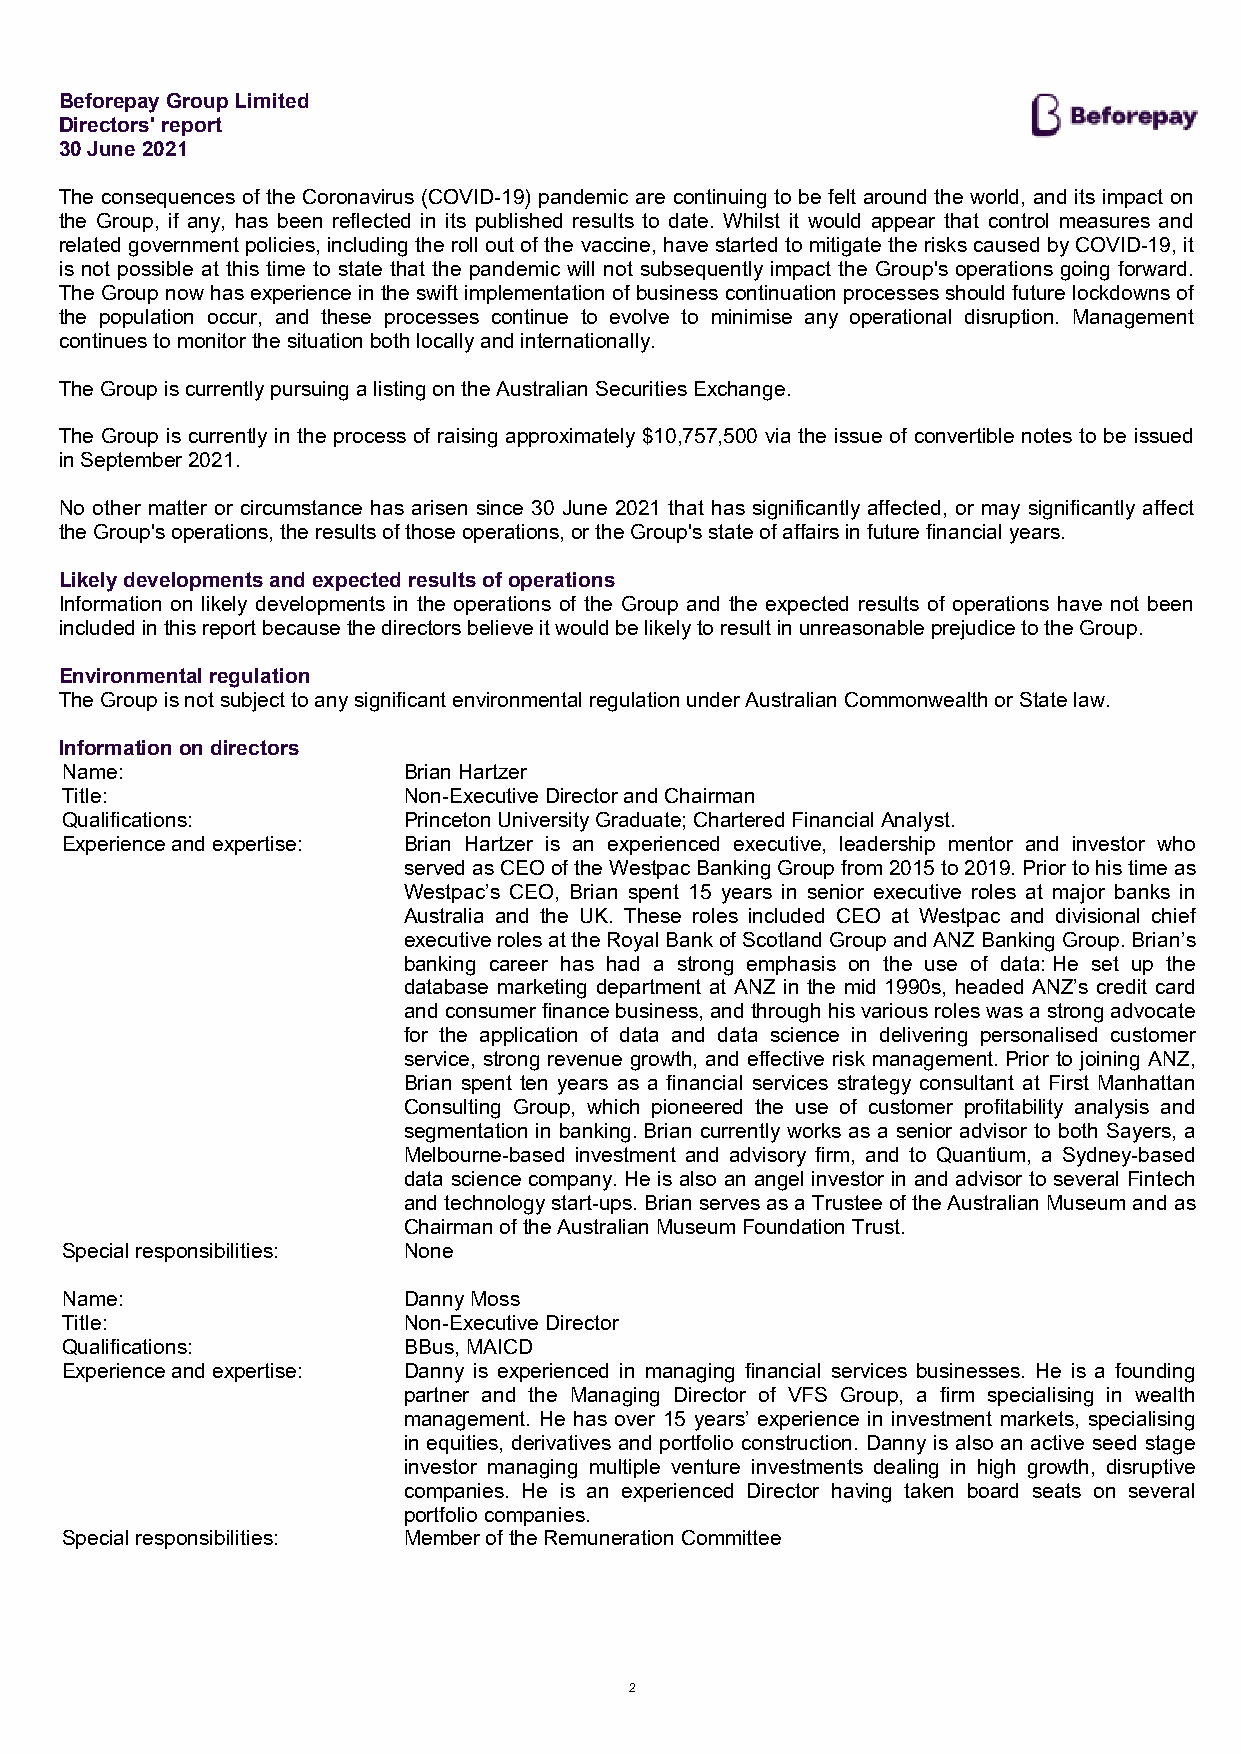
Beforepay Group Limited
 Directors' report
 30 June 2021
 The consequences of the Coronavirus (COVID-19) pandemic are continuing to be felt around the world, and its impact on
 the Group, if any, has been reflected in its published results to date. Whilst it would appear that control measures and
 related government policies, including the roll out of the vaccine, have started to mitigate the risks caused by COVID-19, it
 is not possible at this time to state that the pandemic will not subsequently impact the Group's operations going forward.
 The Group now has experience in the swift implementation of business continuation processes should future lockdowns of
 the population occur, and these processes continue to evolve to minimise any operational disruption. Management
 continues to monitor the situation both locally and internationally.
 The Group is currently pursuing a listing on the Australian Securities Exchange.
 The Group is currently in the process of raising approximately $10,757,500 via the issue of convertible notes to be issued
 in September 2021.
 No other matter or circumstance has arisen since 30 June 2021 that has significantly affected, or may significantly affect
 the Group's operations, the results of those operations, or the Group's state of affairs in future financial years.
 Likely developments and expected results of operations
 Information on likely developments in the operations of the Group and the expected results of operations have not been
 included in this report because the directors believe it would be likely to result in unreasonable prejudice to the Group.
 Environmental regulation
 The Group is not subject to any significant environmental regulation under Australian Commonwealth or State law.
 Information on directors
 Name:                  Brian Hartzer
 Title:                 Non-Executive Director and Chairman
 Qualifications:        Princeton University Graduate; Chartered Financial Analyst.
 Experience and expertise: Brian Hartzer is an experienced executive, leadership mentor and investor who
 served as CEO of the Westpac Banking Group from 2015 to 2019. Prior to his time as
 Westpac’s CEO, Brian spent 15 years in senior executive roles at major banks in
 Australia and the UK. These roles included CEO at Westpac and divisional chief
 executive roles at the Royal Bank of Scotland Group and ANZ Banking Group. Brian’s
 banking career has had a strong emphasis on the use of data: He set up the
 database marketing department at ANZ in the mid 1990s, headed ANZ’s credit card
 and consumer finance business, and through his various roles was a strong advocate
 for the application of data and data science in delivering personalised customer
 service, strong revenue growth, and effective risk management. Prior to joining ANZ,
 Brian spent ten years as a financial services strategy consultant at First Manhattan
 Consulting Group, which pioneered the use of customer profitability analysis and
 segmentation in banking. Brian currently works as a senior advisor to both Sayers, a
 Melbourne-based investment and advisory firm, and to Quantium, a Sydney-based
 data science company. He is also an angel investor in and advisor to several Fintech
 and technology start-ups. Brian serves as a Trustee of the Australian Museum and as
 Chairman of the Australian Museum Foundation Trust.
 Special responsibilities: None
 Name:                  Danny Moss
 Title:                 Non-Executive Director
 Qualifications:        BBus, MAICD
 Experience and expertise: Danny is experienced in managing financial services businesses. He is a founding
 partner and the Managing Director of VFS Group, a firm specialising in wealth
 management. He has over 15 years’ experience in investment markets, specialising
 in equities, derivatives and portfolio construction. Danny is also an active seed stage
 investor managing multiple venture investments dealing in high growth, disruptive
 companies. He is an experienced Director having taken board seats on several
 portfolio companies.
 Special responsibilities: Member of the Remuneration Committee
 2